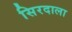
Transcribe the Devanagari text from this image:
सिरदाला